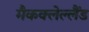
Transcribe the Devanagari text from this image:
मैकक्लेल्लैंड